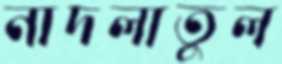
নাদলাতুল